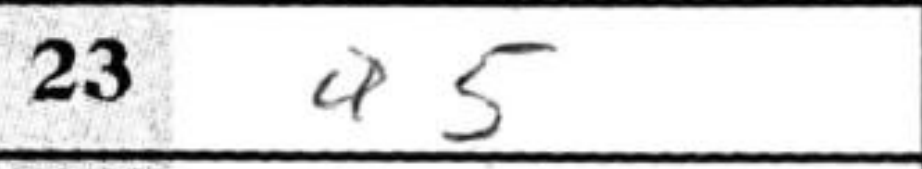
Transcription: a5